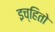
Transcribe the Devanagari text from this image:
इच्हितो